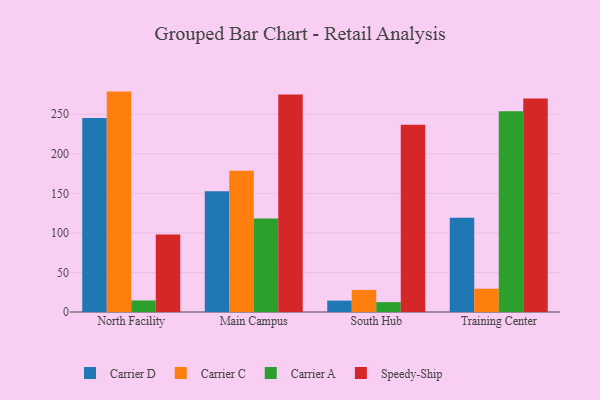
{"axis": {"x": "Campus", "y": "Customer Acquisition Cost (USD)"}, "legend": ["Carrier A", "Carrier C", "Carrier D", "Speedy-Ship"], "data": [{"x": "North Facility", "y": 245.2, "type": "Carrier D"}, {"x": "North Facility", "y": 278.6, "type": "Carrier C"}, {"x": "North Facility", "y": 14.6, "type": "Carrier A"}, {"x": "North Facility", "y": 98.1, "type": "Speedy-Ship"}, {"x": "Main Campus", "y": 152.6, "type": "Carrier D"}, {"x": "Main Campus", "y": 178.5, "type": "Carrier C"}, {"x": "Main Campus", "y": 118.1, "type": "Carrier A"}, {"x": "Main Campus", "y": 274.9, "type": "Speedy-Ship"}, {"x": "South Hub", "y": 14.4, "type": "Carrier D"}, {"x": "South Hub", "y": 27.9, "type": "Carrier C"}, {"x": "South Hub", "y": 12.5, "type": "Carrier A"}, {"x": "South Hub", "y": 236.7, "type": "Speedy-Ship"}, {"x": "Training Center", "y": 119.2, "type": "Carrier D"}, {"x": "Training Center", "y": 29.4, "type": "Carrier C"}, {"x": "Training Center", "y": 253.9, "type": "Carrier A"}, {"x": "Training Center", "y": 270.0, "type": "Speedy-Ship"}]}